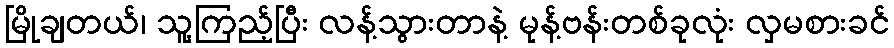
မြိုချတယ်၊ သူ့ကြည့်ပြီး လန့်သွားတာနဲ့ မုန့်ဗန်းတစ်ခုလုံး လှမစားခင်